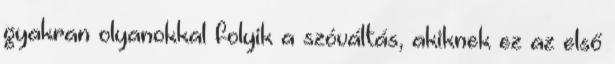
gyakran olyanokkal folyik a szóváltás, akiknek ez az első